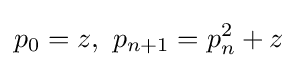
p_{0}=z,\ p_{n+1}=p_{n}^{2}+z